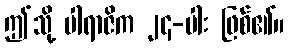
ဤသို့ ပါရာဇိက ၂၄-ပါး ဖြစ်၏။